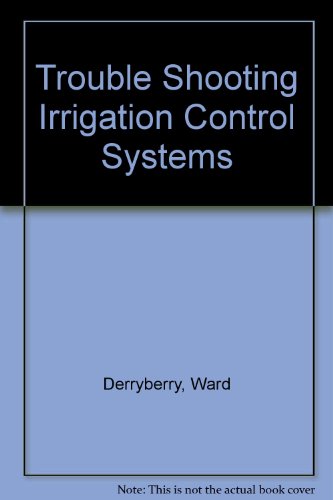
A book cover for Trouble Shooting Irrigation Control Systems; Ward Derryberry; Science & Math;